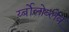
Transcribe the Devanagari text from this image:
र्य्बोलोव्लेव्